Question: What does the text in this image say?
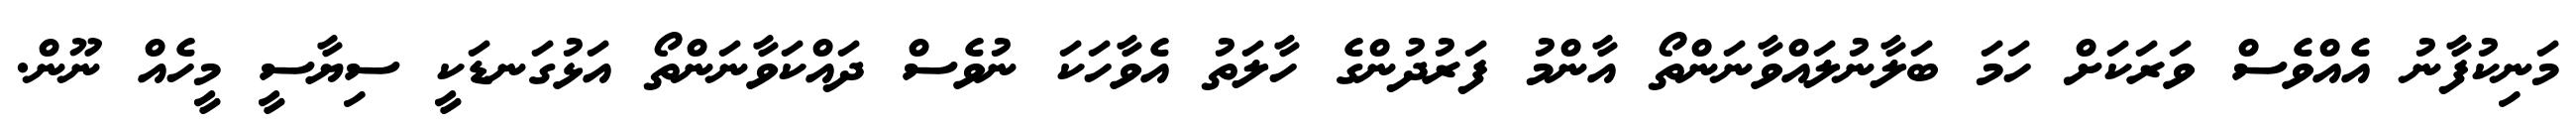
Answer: މަނިކުފާނު އެއްވެސް ވަރަކަށް ހަމަ ބަލާނުލައްވާނަންތޯ އާންމު ފަރުދުންގެ ހާލަތު އެވާހަކަ ނުވެސް ދައްކަވާނަންތޯ އަޅުގަނޑަކީ ސިޔާސީ މީހެއް ނޫން.